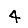
Digit: 4